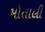
મોતાલી